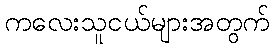
ကလေးသူငယ်များအတွက်